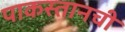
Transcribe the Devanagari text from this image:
पाकस्तानची